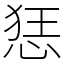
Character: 㤮